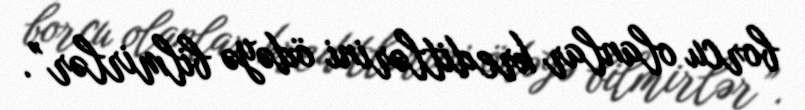
borcu olanlar kreditlərini ödəyə bilmirlər”.